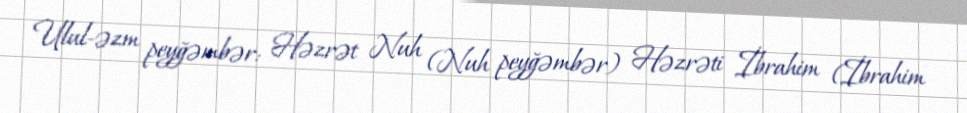
Ulul-əzm peyğəmbər: Həzrət Nuh (Nuh peyğəmbər) Həzrəti İbrahim (İbrahim